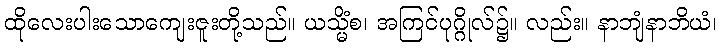
ထိုလေးပါးသောကျေးဇူးတို့သည်။ ယသ္မိံစ၊ အကြင်ပုဂ္ဂိုလ်၌။ လည်း။ နာဘျံနာဘိယံ၊